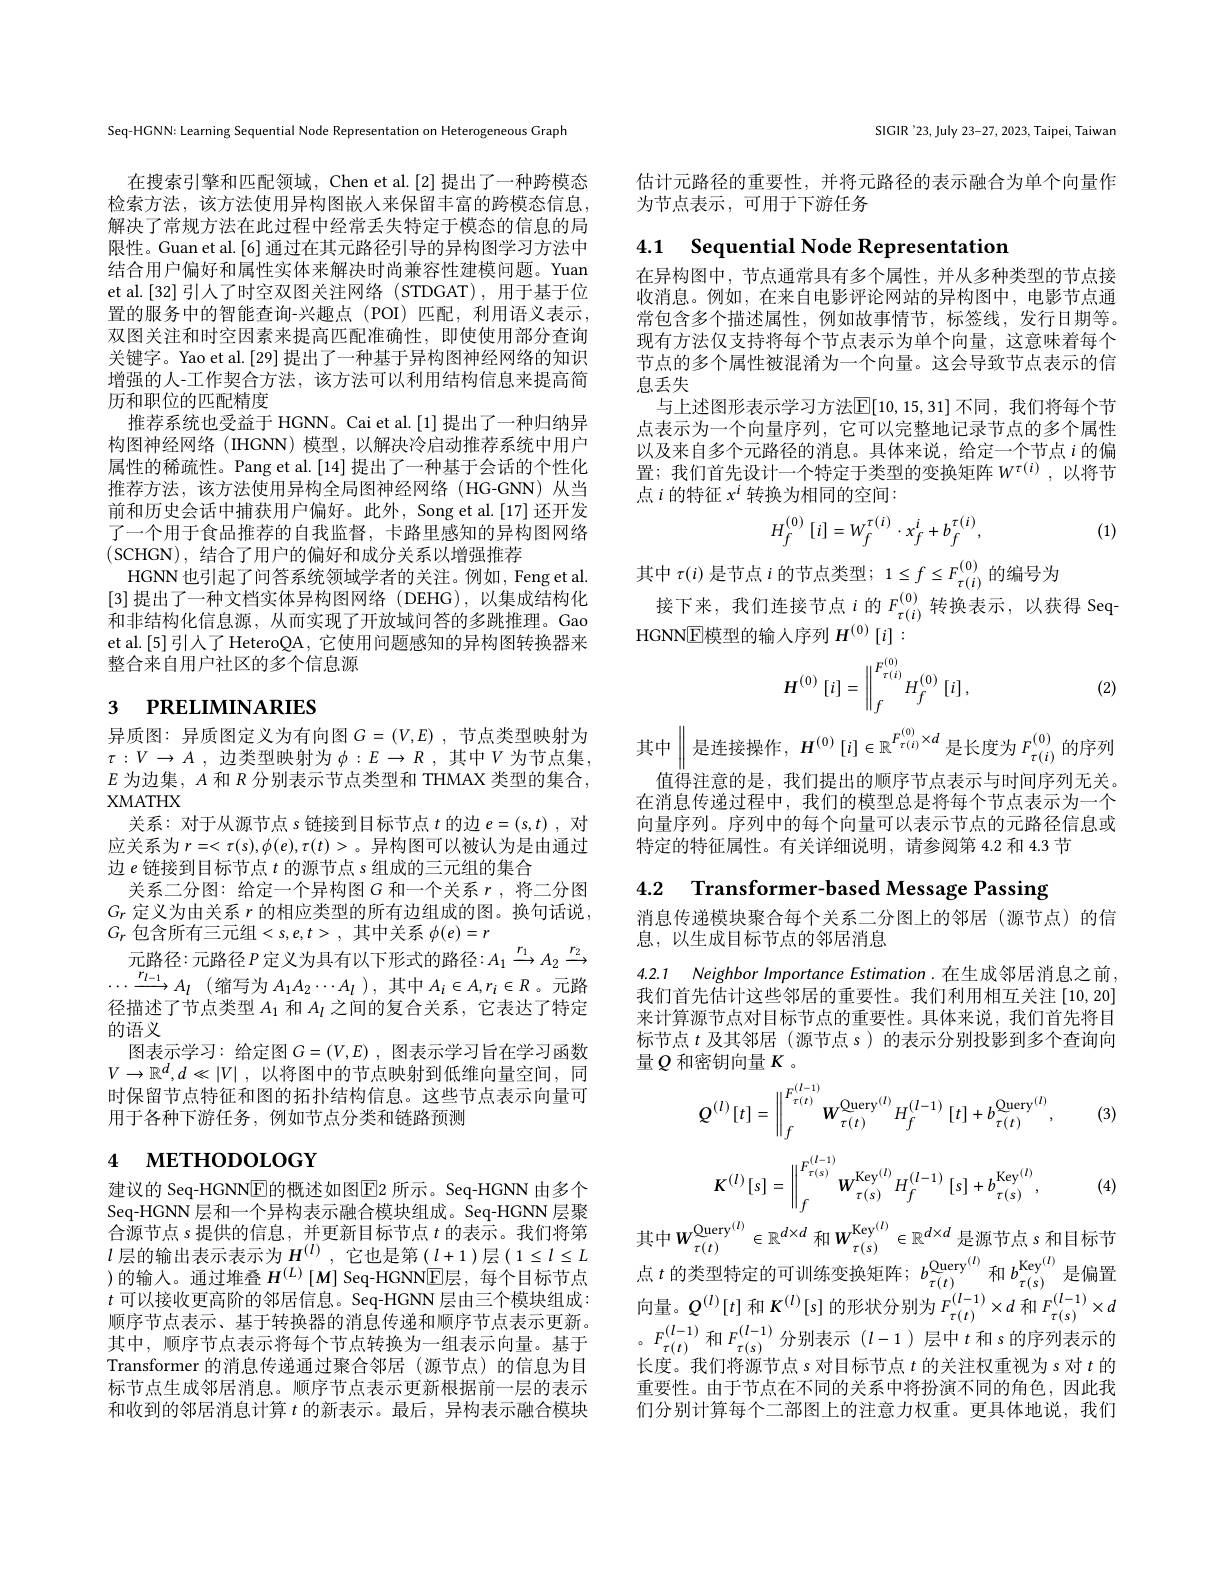
Seq-HGNN: Learning Sequential Node Representation on Heterogeneous Graph

增强的人-工作契合方法，该方法可以利用结构信息来提高简
历和职位的匹配精度

在搜索引擎和匹配领域，Chen et al.[2] 提出了一种跨模态检索方法，该方法使用异构图嵌入来保留丰富的跨模态信息， 解决了常规方法在此过程中经常丢失特定于模态的信息的局限性。Guan et al. [6] 通过在其元路径引导的异构图学习方法中结合用户偏好和属性实体来解决时尚兼容性建模问题。Yuan et al.[32] 引人了时空双图关注网络(STDGAT),用于基于位置的服务中的智能查询-兴趣点(POI)匹配，利用语义表示， 双图关注和时空因素来提高匹配准确性，即使使用部分查询关键字。Yao et al.[29] 提出了一种基于异构图神经网络的知识推荐系统也受益于 HGNN。Cai et al.[1] 提出了一种归纳异构图神经网络(IHGNN) 模型，以解决冷启动推荐系统中用户属性的稀疏性。Pang et al.[14] 提出了一种基于会话的个性化推荐方法，该方法使用异构全局图神经网络(HG-GNN)从当前和历史会话中捕获用户偏好。此外，Song et al.[17] 还开发了一个用于食品推荐的自我监督，卡路里感知的异构图网络(SCHGN), 结合了用户的偏好和成分关系以增强推荐
HGNN 也引起了问答系统领域学者的关注。例如，Feng et al. [3]提出了一种文档实体异构图网络(DEHG),以集成结构化和非结构化信息源，从而实现了开放域问答的多跳推理。Gao et al.[5]引入了HeteroQA，它使用问题感知的异构图转换器来整合来自用户社区的多个信息源

# $_{3}$ РRELIMINARIES

异质图：异质图定义为有向图$G=(V,E)$,节点类型映射为$\tau : V\to A$ ,边类型映射为$\phi : E\to R$ ,其中$V$为节点集， $E$为边集，$A$和$R$分别表示节点类型和 THMAX 类型的集合， XMATHX
关系：对于从源节点 s 链接到目标节点$t$的边$e=(s,t)$ ,对应关系为$r=<\tau(s),\phi(e),\tau(t)>$。异构图可以被认为是由通过边$e$链接到目标节点$t$的源节点 s 组成的三元组的集合
关系二分图：给定一个异构图$G$和一个关系$r$,将二分图$G_r$定义为由关系$r$的相应类型的所有边组成的图。换句话说， $G_r$ 包含所有三元组$<s,e,t>$,其中关系 $\phi(e)=r$
元路径：元路径$P$定义为具有以下形式的路径：$A_1\xrightarrow{r_1}A_2\xrightarrow{r_2}$ $\cdots\xrightarrow{r_{l-1}}A_{l}\left(\text{缩写为 }A_{1}A_{2}\cdots A_{l}\right)$,其中$A_i\in A,r_{i}\in R$。元路$\cdots\xrightarrow{r_{l-1}}A_{l}\left(\text{缩写为 }A_{1}A_{2}\cdots A_{l}\right)$,其中$A_i\in A,r_{i}\in R$。元路径描述了节点类型$A_1$和$A_l$之间的复合关系，它表达了特定的语义
图表示学习：给定图$G=(V,E)$ ,图表示学习旨在学习函数$V\to \mathbb{R} ^d, d\ll | V|$ ,以将图中的节点映射到低维向量空间，同时保留节点特征和图的拓扑结构信息。这些节点表示向量可用于各种下游任务，例如节点分类和链路预测

# 4 мЕтнорогобҮ

建议的 Seq-HGNNE的概述如图$\boxed{\mathrm{E}}$2 所示。Seq-HGNN 由多个Seq-HGNN 层和一个异构表示融合模块组成。Seq-HGNN 层聚合源节点$s$提供的信息，并更新目标节点$t$的表示。我们将第$l$ 层的输出表示表示为$H^{(l)}$,它也是第$\left(l+1\right)$层$\left(1\leq l\leq L\right.$ )的输人。通过堆叠$H^{(L)}\left[M\right]$ Seq-HGNNE层，每个目标节点$t$可以接收更高阶的邻居信息。Seq-HGNN 层由三个模块组成： 顺序节点表示、基于转换器的消息传递和顺序节点表示更新。其中，顺序节点表示将每个节点转换为一组表示向量。基于Transformer 的消息传递通过聚合邻居 (源节点)的信息为目标节点生成邻居消息。顺序节点表示更新根据前一层的表示和收到的邻居消息计算$t$的新表示。最后，异构表示融合模块

SIGIR '23, July 23-27, 2023, Taipei, Taiwan

估计元路径的重要性，并将元路径的表示融合为单个向量作
为节点表示，可用于下游任务

4.1 Sequential Node Representation

在异构图中，节点通常具有多个属性，并从多种类型的节点接收消息。例如，在来自电影评论网站的异构图中，电影节点通常包含多个描述属性，例如故事情节，标签线，发行日期等。现有方法仅支持将每个节点表示为单个向量，这意味着每个节点的多个属性被混淆为一个向量。这会导致节点表示的信息丢失
与上述图形表示学习方法$\mathbb{E}[10,15,31]$ 不同 ,我们将每个节点表示为一个向量序列，它可以完整地记录节点的多个属性以及来自多个元路径的消息。具体来说，给定一个节点$i$的偏置；我们首先设计一个特定于类型的变换矩阵$W^{\tau(i)}$,以将节点$i$的特征$x^i$转换为相同的空间：

(1)
$$H_f^{(0)}\left[i\right]=W_f^{\tau(i)}\cdot x_f^i+b_f^{\tau(i)},$$
其中$\tau(i)$是节点$i$的节点类型$;1\leq f\leq F_{\tau(i)}^{(0)}$的编号为
接下来，我们连接节点$i$的$F_\tau(i)^{(0)}$转换表示，以获得 Seq
HGNNE模型的输人序列$H^{(0)}\left[i\right]:$
$$H^{(0)}\left[i\right]=\left\|_{f}^{F_{\tau(i)}^{(0)}}H_{f}^{(0)}\left[i\right],\right\|$$
(2)

其中$\left\|\text{是连接操作，}H^{(0)}\left[i\right]\in\mathbb{R}^{F_{\tau(i)}^{(0)}\times d}\text{是长度为}F_{\tau(i)}^{(0)}\text{的序列}\right\|$

值得注意的是，我们提出的顺序节点表示与时间序列无关。在消息传递过程中，我们的模型总是将每个节点表示为一个向量序列。序列中的每个向量可以表示节点的元路径信息或特定的特征属性。有关详细说明，请参阅第 4.2 和 4.3 节

4.2 Transformer-based Message Passing

消息传递模块聚合每个关系二分图上的邻居(源节点)的信
息，以生成目标节点的邻居消息

4.2.1 Neighbor Importance Estimation.在生成邻居消息之前， 我们首先估计这些邻居的重要性。我们利用相互关注[10,20]

来计算源节点对目标节点的重要性。具体来说，我们首先将目标节点$t$及其邻居 (源节点 s) 的表示分别投影到多个查询向量$Q$ 和密钥向量 $K$ 。

(3)
$$Q^{(l)}[t]=\left\|_{f}^{F_{\tau(t)}^{(l-1)}}W_{\tau(t)}^{\mathrm{Query}^{(l)}}H_{f}^{(l-1)}\left[t\right]+b_{\tau(t)}^{\mathrm{Query}^{(l)}},\right\|$$
(4)
$$K^{(l)}[s]=\left\|_{f}^{F_{\tau(s)}^{(l-1)}}W_{\tau(s)}^{\mathrm{Key}^{(l)}}H_{f}^{(l-1)}\left[s\right]+b_{\tau(s)}^{\mathrm{Key}^{(l)}},\right\|$$
其中$W_\tau(t)^{\mathrm{Query}^{(l)}}\in\mathbb{R}^{d\times d}$和$W_\tau(s)^{\mathrm{Key}^{(l)}}\in\mathbb{R}^{d\times d}$是源节点$s$和目标节点 $t$ 的类型特定的可训练变换矩阵$;b_\tau(t)^\mathrm{Query}^{(I)}$和 $b_\tau(s)^\mathrm{Key}^{(I)}$是偏置向 量 。$Q^{( l) }[ t]$ 和 $K^{( l) }[ s]$ 的 形 状 分 别 为 $F_{\tau ( t) }^{( l- 1) }\times d$ 和 $F_{\tau ( s) }^{( l- 1) }\times d$ 。$F_{\tau ( t) }^{( l- 1) }$ 和 $F_{\tau ( s) }^{( l- 1) }$ 分 别 表 示 $( l- 1)$ 层 中 $t$ 和 $s$ 的 序 列 表 示 的 上 审 我 们 将 源 劳 占 $s$ 对 日 标 节 点 $t$ 的 关 注 权 重 视 为 $s$ 对 $t$ 的长度。我们将源节点 s 对目标节点$t$的关注权重视为 s 对$t$的重要性。由于节点在不同的关系中将扮演不同的角色，因此我们分别计算每个二部图上的注意力权重。更具体地说，我们